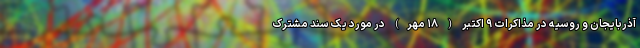
آذربایجان و روسیه در مذاکرات ۹ اکتبر ( ۱۸ مهر) در مورد یک سند مشترک